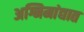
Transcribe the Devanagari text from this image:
अग्निमांद्यात